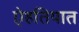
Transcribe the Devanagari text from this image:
ऐहतियात